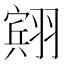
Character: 𫅭